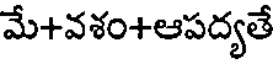
మే+వశం+ఆపద్యతే